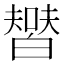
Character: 𤾞